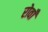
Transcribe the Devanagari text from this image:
रोवाँ